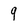
Character: 9